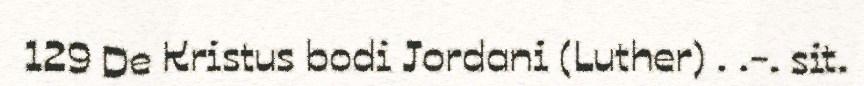
129 De Kristus bodi Jordani (Luther) . .-. sit.